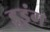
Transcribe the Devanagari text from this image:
डूइंग